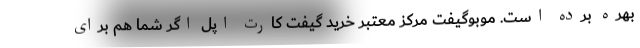
بهره برده است. موبوگیفت مرکز معتبر خرید گیفت کارت اپل اگر شما هم برای